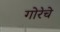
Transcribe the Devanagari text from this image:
गोरेचे